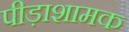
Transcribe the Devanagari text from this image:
पीड़ाशामक